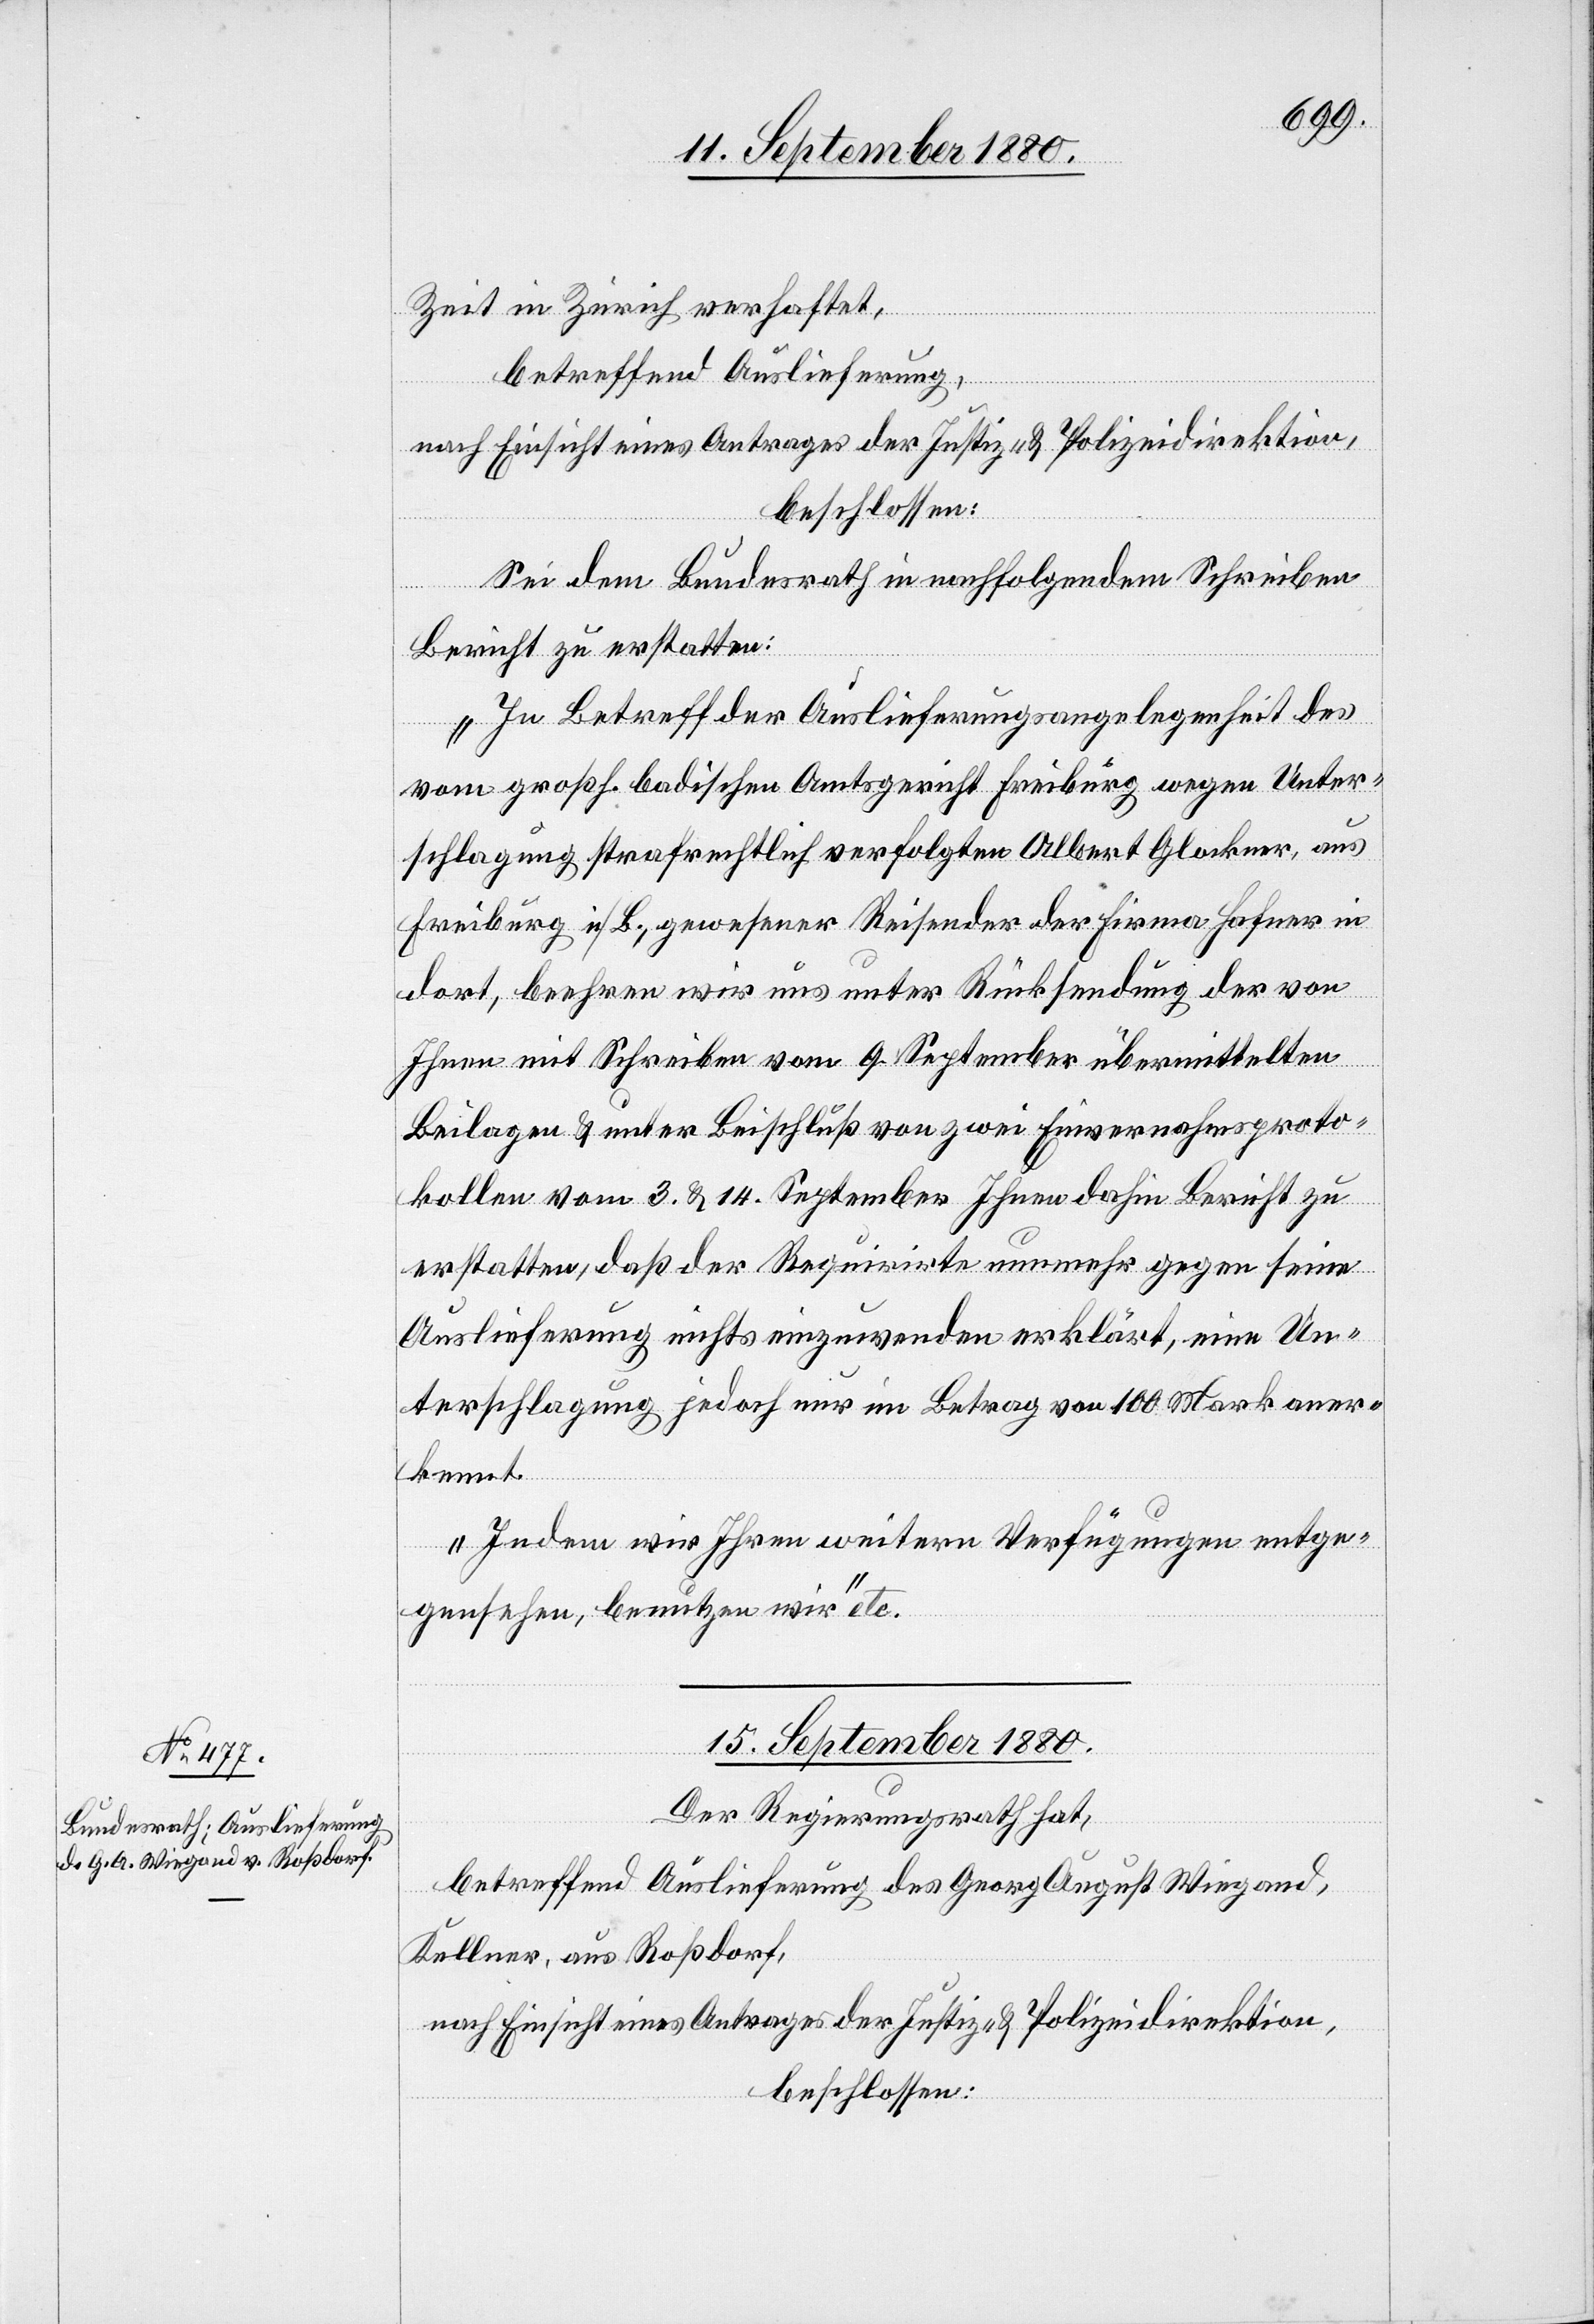
Zeit in Zürich verhaftet,
betreffend Auslieferung,
nach Einsicht eines Antrages der Justiz- & Polizeidirektion,
beschlossen:
Sei dem Bundesrath in nachfolgendem Schreiben
Bericht zu erstatten:
„In Betreff der Auslieferungsangelegenheit des
vom großh. badischen Amtsgericht Freiburg wegen Unter¬
schlagung strafrechtlich verfolgten Albert Glockner, aus
Freiburg i/B, gewesener Reisender der Firma Hafner in
dort, beehren wir uns unter Rücksendung der von
Ihnen mit Schreiben vom 9. September übermittelten
Beilage & unter Beischluß von zwei Einvernahmsproto¬
kollen vom 3. & 14. September Ihnen dahin Bericht zu
erstatten, daß der Requirirte nunmehr gegen seine
Auslieferung nichts einzuwenden erklärt, eine Un¬
terschlagung jedoch nur im Betrag von 100 Mark aner¬
kannt.
Indem wir Ihren weitern Verfügungen entge¬
gensehen, benutzen wir“ etc.
fügungen]
15. September 1880.
Der Regierungsrath hat,
betreffend Auslieferung des Georg August Wiegand,
Kellner, aus Roßdorf,
nach Einsicht eines Antrages der Justiz- & Polizeidirektion,
beschlossen: